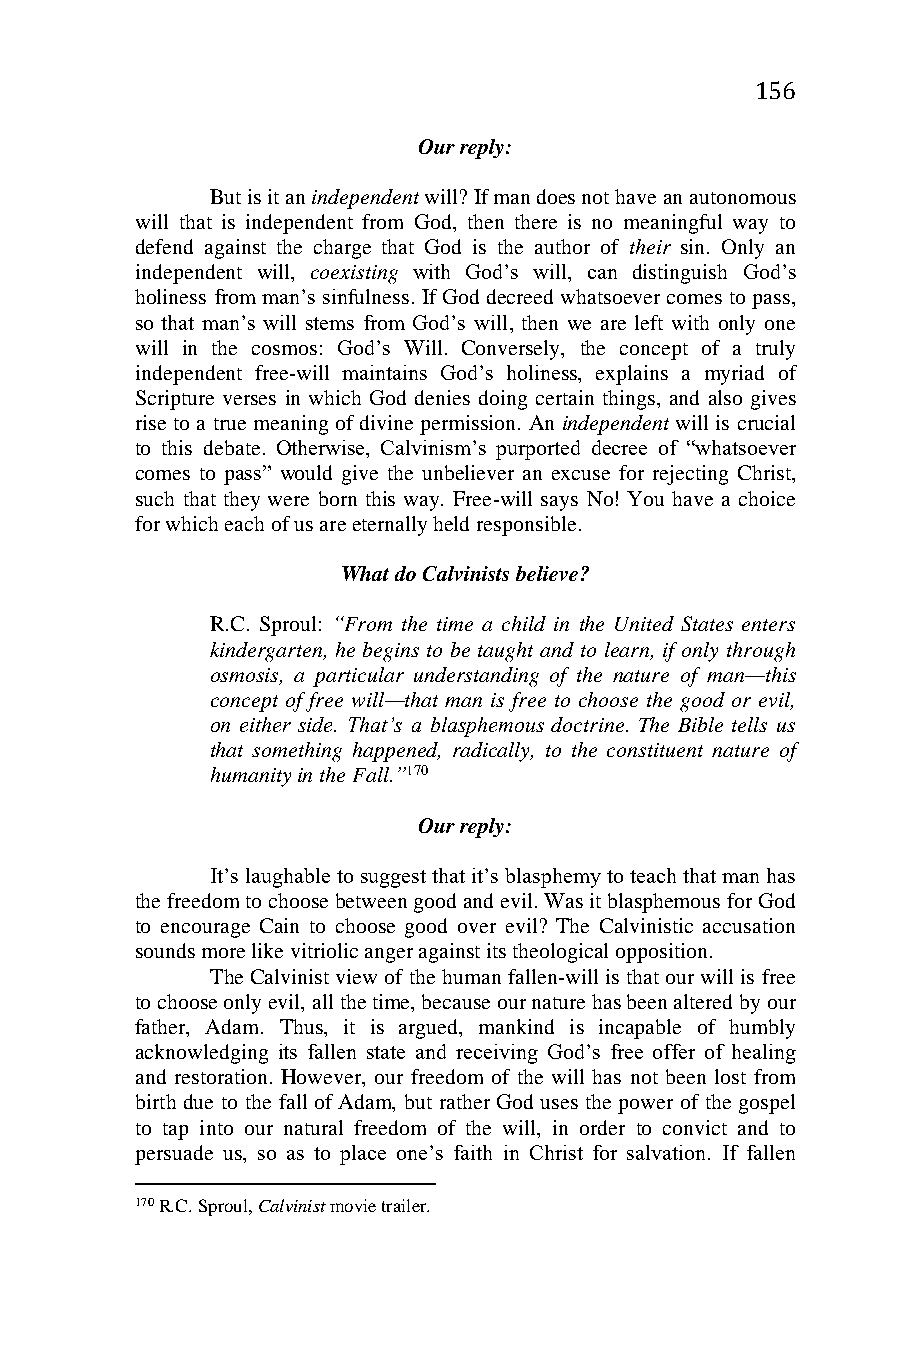
156
 Our reply:
 But is it an independent will? If man does not have an autonomous
 will that is independent from God, then there is no meaningful way to
 defend against the charge that God is the author of their sin. Only an
 independent will, coexisting with God’s will, can distinguish God’s
 holiness from man’s sinfulness. If God decreed whatsoever comes to pass,
 so that man’s will stems from God’s will, then we are left with only one
 will in the cosmos: God’s Will. Conversely, the concept of a truly
 independent free-will maintains God’s holiness, explains a myriad of
 Scripture verses in which God denies doing certain things, and also gives
 rise to a true meaning of divine permission. An independent will is crucial
 to this debate. Otherwise, Calvinism’s purported decree of “whatsoever
 comes to pass” would give the unbeliever an excuse for rejecting Christ,
 such that they were born this way. Free-will says No! You have a choice
 for which each of us are eternally held responsible.
 What do Calvinists believe?
 R.C. Sproul: “From the time a child in the United States enters
 kindergarten, he begins to be taught and to learn, if only through
 osmosis, a particular understanding of the nature of man—this
 concept of free will—that man is free to choose the good or evil,
 on either side. That’s a blasphemous doctrine. The Bible tells us
 that something happened, radically, to the constituent nature of
 humanity in the Fall.”170
 Our reply:
 It’s laughable to suggest that it’s blasphemy to teach that man has
 the freedom to choose between good and evil. Was it blasphemous for God
 to encourage Cain to choose good over evil? The Calvinistic accusation
 sounds more like vitriolic anger against its theological opposition.
 The Calvinist view of the human fallen-will is that our will is free
 to choose only evil, all the time, because our nature has been altered by our
 father, Adam. Thus, it is argued, mankind is incapable of humbly
 acknowledging its fallen state and receiving God’s free offer of healing
 and restoration. However, our freedom of the will has not been lost from
 birth due to the fall of Adam, but rather God uses the power of the gospel
 to tap into our natural freedom of the will, in order to convict and to
 persuade us, so as to place one’s faith in Christ for salvation. If fallen
 170 R.C. Sproul, Calvinist movie trailer.